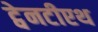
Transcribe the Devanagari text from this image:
ट्वेनटीएथ